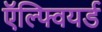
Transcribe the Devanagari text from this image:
ऍल्फ्वियर्ड